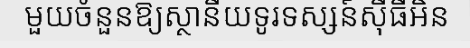
មួយចំនួនឱ្យស្ថានីយទូរទស្សន៍ស៊ីធីអិន